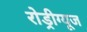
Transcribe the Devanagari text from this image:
रोड्रीग्यूज